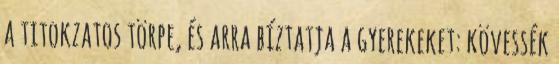
a titokzatos törpe, és arra bíztatja a gyerekeket: kövessék